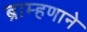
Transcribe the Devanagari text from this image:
ब्राम्हणाने